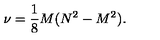
\nu = { \frac { 1 } { 8 } } M ( N ^ { 2 } - M ^ { 2 } ) .